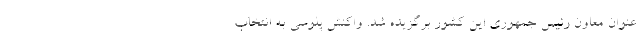
عنوان معاون رئیس جمهوری این کشور برگزیده شد. واکنش پلوسی به انتخاب